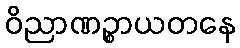
ဝိညာဏဉ္စာယတနေ